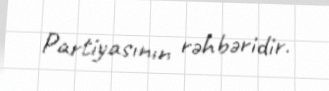
Partiyasının rəhbəridir.